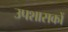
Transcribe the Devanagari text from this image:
उपशासकों